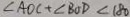
\angle A O C + \angle B O D < 1 8 0